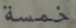
خمسة